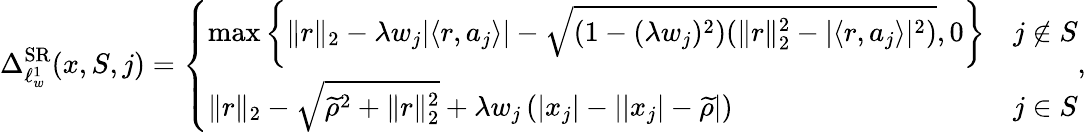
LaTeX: \Delta_{\ell_{w}^{1}}^{\mathrm{SR}}(x,S,j)=\left\{ \begin{array}{ll}{\operatorname*{max}\left\{ \| r\| _{2}-\lambda w_{j}|\langle r,a_{j}\rangle|-\sqrt{(1-(\lambda w_{j})^{2})(\| r\| _{2}^{2}-|\langle r,a_{j}\rangle|^{2})},0\right\} }&{j\notin S}\\ {\| r\| _{2}-\sqrt{\widetilde{\rho}^{2}+\| r\| _{2}^{2}}+\lambda w_{j}\left(|x_{j}|-\left||x_{j}|-\widetilde{\rho}\right|\right)}&{j\in S}\end{array}\right.,